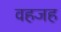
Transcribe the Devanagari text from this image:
वहजह